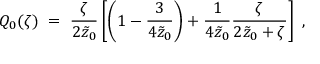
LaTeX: Q _ { 0 } ( \zeta ) \; = \; { \frac { \zeta } { 2 \tilde { z } _ { 0 } } } \left[ \left( 1 - { \frac { 3 } { 4 \tilde { z } _ { 0 } } } \right) + { \frac { 1 } { 4 \tilde { z } _ { 0 } } } { \frac { \zeta } { 2 \tilde { z } _ { 0 } + \zeta } } \right] \; ,